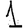
Digit: 1